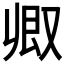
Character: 𫩃